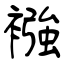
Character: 襁